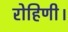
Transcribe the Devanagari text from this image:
रोहिणी।